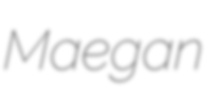
Maegan